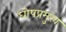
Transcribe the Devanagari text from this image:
घोषप्रमुख